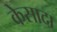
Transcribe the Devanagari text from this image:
केसादा